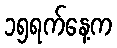
၁၅ရက်နေ့က